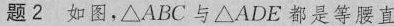
题2如图，\triangle ABC与\triangle ADE都是等腰直